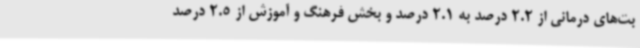
بت‌های درمانی از 2.2 درصد به 2.1 درصد و بخش فرهنگ و آموزش از 2.5 درصد